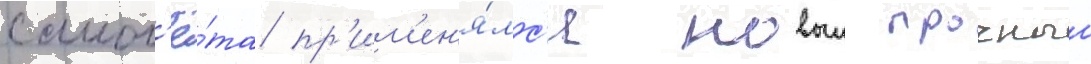
самол'ё́та пр'им'ен'я́лс'я новыи прочныи